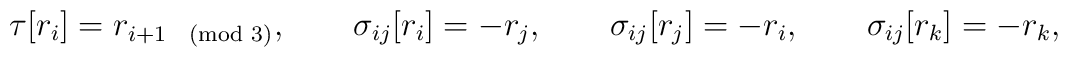
\tau[r_i]=r_{i+1\pmod 3}, \qquad \sigma_{ij}[r_i]=-r_j, \qquad\sigma_{ij}[r_j]=-r_i,\qquad \sigma_{ij}[r_k]=-r_k,